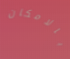
بالامكان